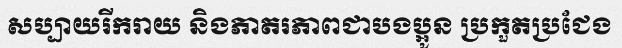
សប្បាយរីករាយ និងភាតរភាពជាបងប្អូន ប្រកួតប្រជែង